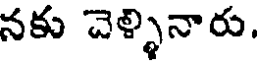
నకు చెళ్ళినారు.